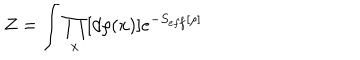
LaTeX: Z = \int \prod _ { x } [ d \rho ( x ) ] e ^ { - S _ { e f f } [ \rho ] }